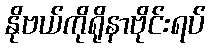
နိုဗယ်ကိုရိုနာဗိုင်းရပ်